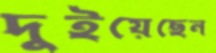
দুইয়েছেন